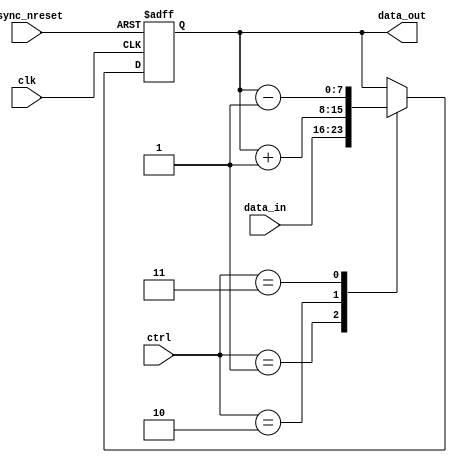
module vregister
	#(
		parameter WIDTH = 8
	)
	(
		input clk,
		input async_nreset,
		
		input [WIDTH-1:0] data_in,
		input [1:0] ctrl,
		output [WIDTH-1:0] data_out
	);
	
	reg [WIDTH-1:0] data_reg, data_next;
	
	localparam NONE = 2'd0;
	localparam LOAD = 2'd1;
	localparam INCR = 2'd2;
	localparam DECR = 2'd3;
	
	always @(*)
	begin
		case (ctrl)
			LOAD:
				data_next <= data_in;
			INCR:
				data_next <= data_reg + {{WIDTH-1{1'b0}}, 1'b1};
			DECR:
				data_next <= data_reg - {{WIDTH-1{1'b0}}, 1'b1};
			default:
				data_next <= data_reg;
		endcase
	end
	
	always @(posedge clk, negedge async_nreset)
	begin
		if (!async_nreset)
			data_reg <= {WIDTH{1'b0}};
		else
			data_reg <= data_next;
	end
	
	assign data_out = data_reg;
	
endmodule